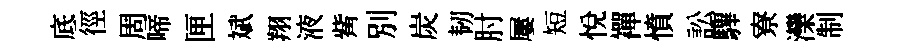
底徑周啼匣斌翔液觜別炭韧肘屢短悅襌憤訟驆寮灤制